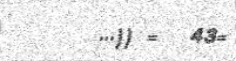
...)) =  43=